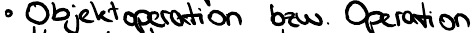
Objektoperation bzw. Operation